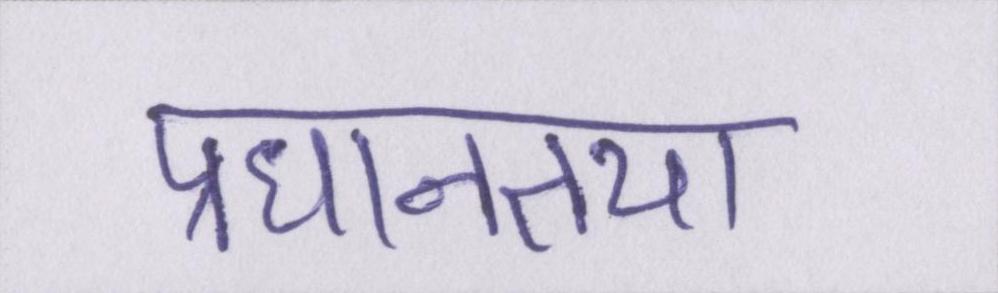
प्रधानतया